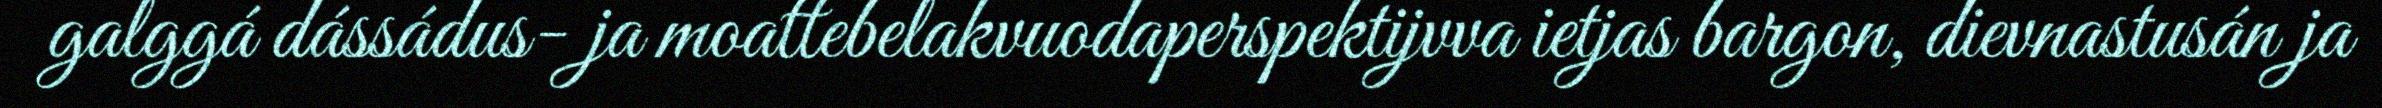
galggá dássádus- ja moattebelakvuodaperspektijvva ietjas bargon, dievnastusán ja